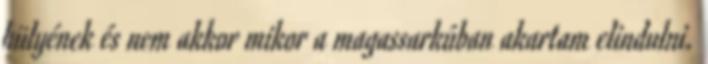
hülyének és nem akkor mikor a magassarkúban akartam elindulni.